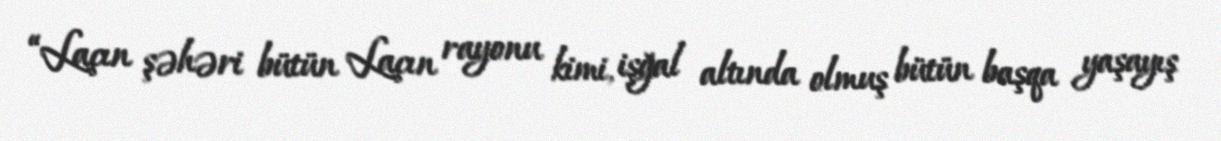
“Laçın şəhəri bütün Laçın rayonu kimi, işğal altında olmuş bütün başqa yaşayış